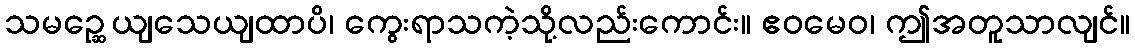
သမဉ္ဆေယျသေယျထာပိ၊ ကွေးရာသကဲ့သို့လည်းကောင်း။ ဧဝမေဝ၊ ဤအတူသာလျင်။